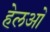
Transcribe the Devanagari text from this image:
हेलओ